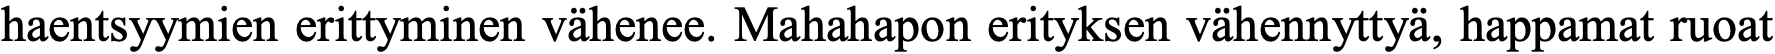
haentsyymien erittyminen vähenee. Mahahapon erityksen vähennyttyä, happamat ruoat